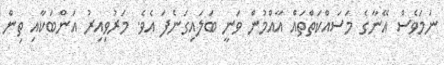
ނަމަވެސް އޭނާގެ މަސައްކަތްތައް އާއްމުން ވަނީ ބަލައިގަނެފަ އެވެ. މަރުވިއިރު އަންބަކާއި ތިން